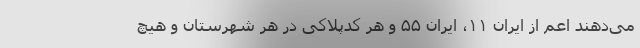
می‌دهند اعم از ایران ۱۱، ایران ۵۵ و هر کدپلاکی در هر شهرستان و هیچ